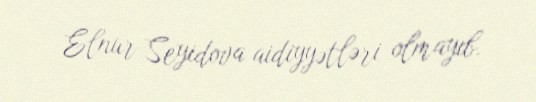
Elnur Seyidova aidiyyətləri olmayıb.